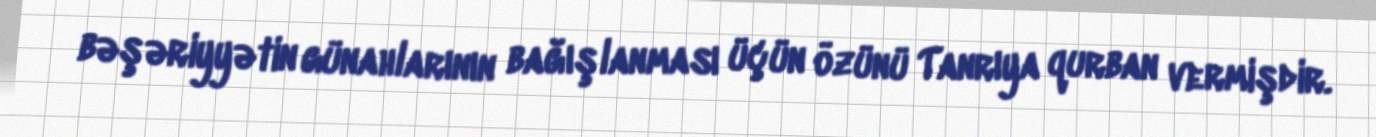
bəşəriyyətin günahlarının bağışlanması üçün özünü Tanrıya qurban vermişdir.